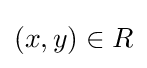
\left(x,y\right)\in R